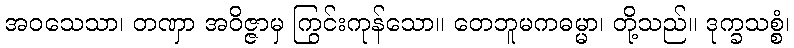
အဝသေသာ၊ တဏှာ အဝိဇ္ဇာမှ ကြွင်းကုန်သော။ တေဘူမကဓမ္မာ၊ တို့သည်။ ဒုက္ခသစ္စံ၊